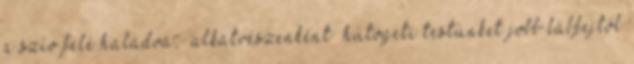
a szív felé haladva, „alkatrészenként” hűtögeti testünket jobb lábfejtől